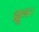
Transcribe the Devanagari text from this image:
ह्यूज।